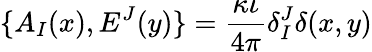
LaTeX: \{ A_{I}(x),E^{J}(y)\} =\frac{\kappa\iota}{4\pi}\delta_{I}^{J}\delta(x,y)